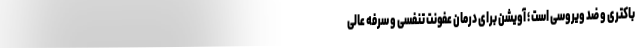
باکتری و ضد ویروسی است ؛ آویشن برای درمان عفونت تنفسی و سرفه عالی